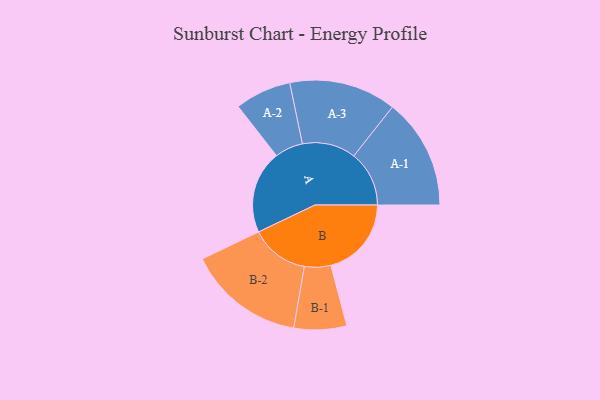
{"axis": {"x": "Segment", "y": "Value"}, "legend": ["", "A", "B"], "data": [{"x": "A", "y": 366, "type": ""}, {"x": "B", "y": 355, "type": ""}, {"x": "A-1", "y": 244, "type": "A"}, {"x": "A-2", "y": 124, "type": "A"}, {"x": "A-3", "y": 236, "type": "A"}, {"x": "B-1", "y": 116, "type": "B"}, {"x": "B-2", "y": 258, "type": "B"}]}